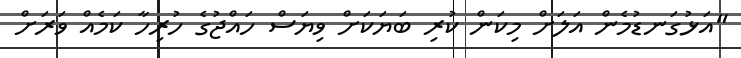
"އަޅުގަނޑުމެން އަލަށް މިކަން ކުރި ބަޔަކަށް ވިޔަސް ހައްޖުގެ ހުރިހާ ކަމެއް ވަރަށް